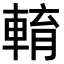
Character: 𨌯